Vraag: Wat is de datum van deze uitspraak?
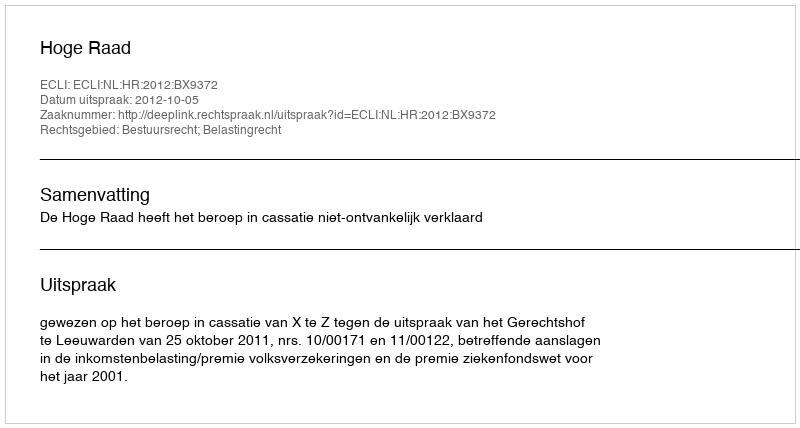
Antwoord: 2012-10-05